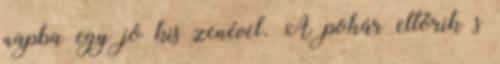
napba egy jó kis zenével. A pohár eltörik s